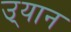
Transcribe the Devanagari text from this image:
उ्यान